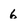
Character: 6